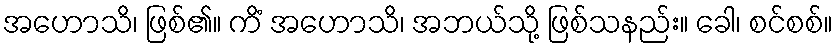
အဟောသိ၊ ဖြစ်၏။ ကိံ အဟောသိ၊ အဘယ်သို့ ဖြစ်သနည်း။ ခေါ၊ စင်စစ်။